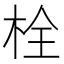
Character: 栓